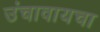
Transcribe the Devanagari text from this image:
उंचावायचा